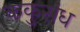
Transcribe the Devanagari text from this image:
ककुसंध